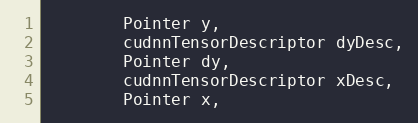
Language: Java
        Pointer y,
        cudnnTensorDescriptor dyDesc,
        Pointer dy,
        cudnnTensorDescriptor xDesc,
        Pointer x,